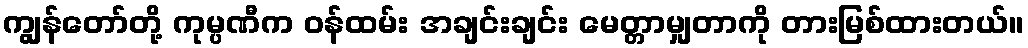
ကျွန်တော်တို့ ကုမ္ပဏီက ဝန်ထမ်း အချင်းချင်း မေတ္တာမျှတာကို တားမြစ်ထားတယ်။